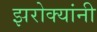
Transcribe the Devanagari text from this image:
झरोक्यांनी